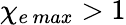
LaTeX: \chi_{e\, max}>1